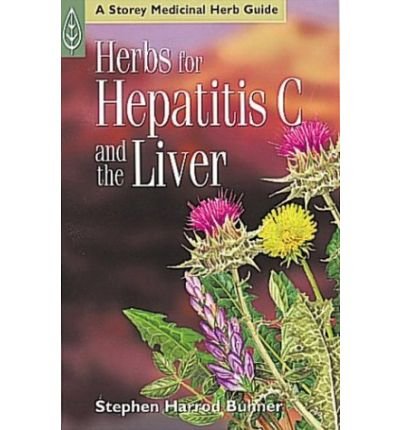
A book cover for [ HERBS FOR HEPATITIS C AND THE LIVER (STOREY MEDICINAL HERB GUIDE) ] By Buhner, Stephen Harrod ( Author) 2000 [ Paperback ]; Health, Fitness & Dieting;